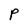
Character: P